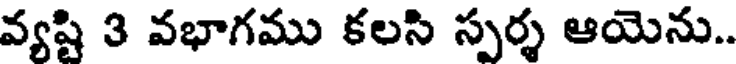
వ్యష్టి 3 వభాగము కలసి స్పర్శ ఆయెను..